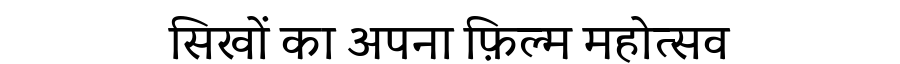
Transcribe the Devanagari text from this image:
सिखों का अपना फ़िल्म महोत्सव